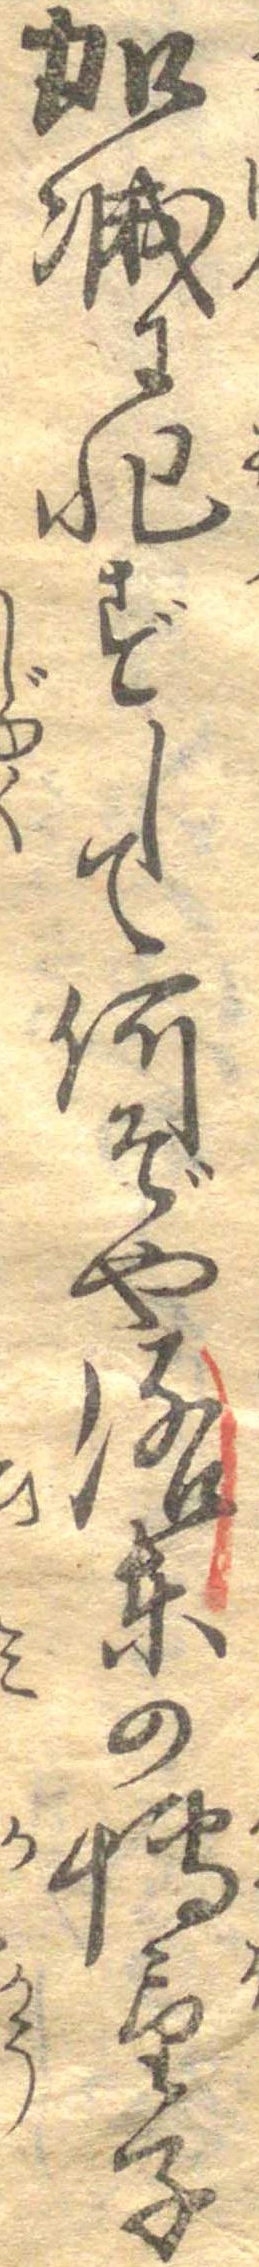
加減に非ずして何ぞや洛東の博望子